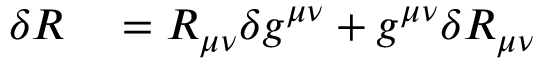
\begin{array} { r l } { \delta R } & { { } = R _ { \mu \nu } \delta g ^ { \mu \nu } + g ^ { \mu \nu } \delta R _ { \mu \nu } } \end{array}